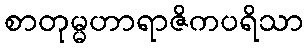
စာတုမ္မဟာရာဇိကပရိသာ